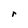
Character: r